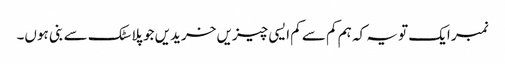
نمبر ایک تو یہ کہ ہم کم سے کم ایسی چیزیں خریدیں جو پلاسٹک سے بنی ہوں۔